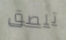
تلصق